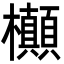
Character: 㰜